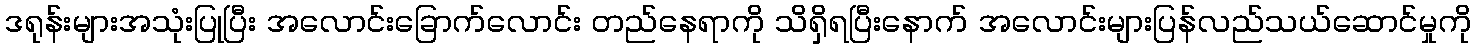
ဒရုန်းများအသုံးပြုပြီး အလောင်းခြောက်လောင်း တည်နေရာကို သိရှိရပြီးနောက် အလောင်းများပြန်လည်သယ်ဆောင်မှုကို